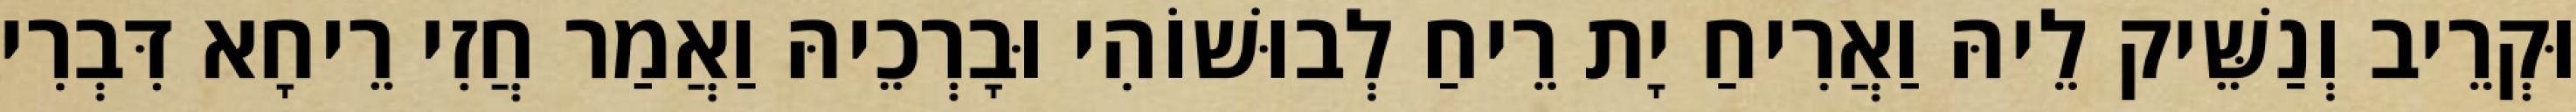
וּקְרֵיב וְנַשֵּׁיק לֵיהּ וַאֲרִיחַ יָת רֵיחַ לְבוּשׁוֹהִי וּבָרְכֵיהּ וַאֲמַר חֲזִי רֵיחָא דִּבְרִי